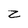
Character: Z